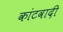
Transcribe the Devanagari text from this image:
कांटवादी